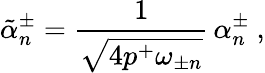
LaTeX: \tilde{\alpha}_{n}^{\pm}={\frac{1}{\sqrt{4p^{+}\omega_{\pm n}}}}\, \alpha_{n}^{\pm}\ ,